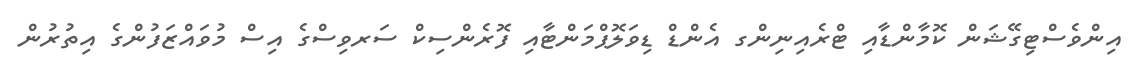
އިންވެސްޓިގޭޝަން ކޮމާންޑާއި ޓްރެއިނިންގ އެންޑް ޑިވަލޮޕްމަންޓާއި ފޮރެންސިކް ސަރވިސްގެ އިސް މުވައްޒަފުންގެ އިތުރުން